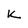
Character: k